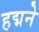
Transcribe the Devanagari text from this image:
हद्मने